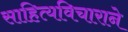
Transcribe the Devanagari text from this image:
साहित्यविचाराने